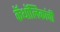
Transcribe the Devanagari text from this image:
कॅथॉलिकांची